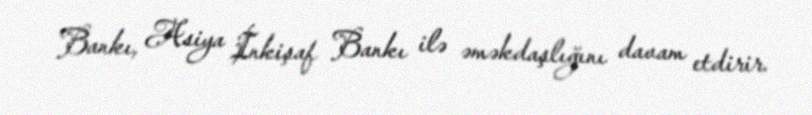
Bankı, Asiya İnkişaf Bankı ilə əməkdaşlığını davam etdirir.